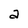
Character: a